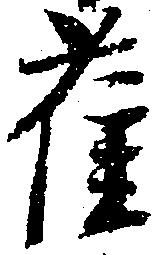
雀